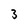
Character: 3